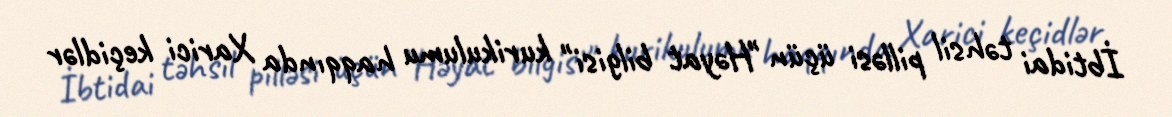
İbtidai təhsil pilləsi üçün "Həyat bilgisi" kurikulumu haqqında Xarici keçidlər